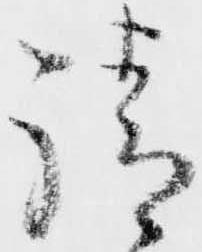
請